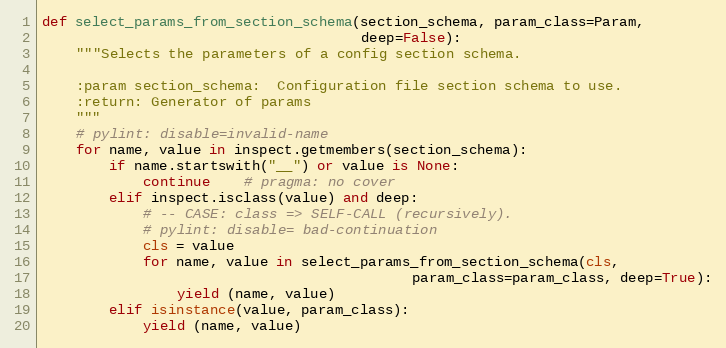
Language: Python
def select_params_from_section_schema(section_schema, param_class=Param,
                                      deep=False):
    """Selects the parameters of a config section schema.

    :param section_schema:  Configuration file section schema to use.
    :return: Generator of params
    """
    # pylint: disable=invalid-name
    for name, value in inspect.getmembers(section_schema):
        if name.startswith("__") or value is None:
            continue    # pragma: no cover
        elif inspect.isclass(value) and deep:
            # -- CASE: class => SELF-CALL (recursively).
            # pylint: disable= bad-continuation
            cls = value
            for name, value in select_params_from_section_schema(cls,
                                            param_class=param_class, deep=True):
                yield (name, value)
        elif isinstance(value, param_class):
            yield (name, value)